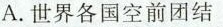
A.世界各国空前团结